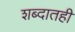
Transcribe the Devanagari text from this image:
शब्दातही